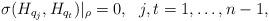
LaTeX: \begin{align*} \sigma(H_{q_j}, H_{q_t})|_\rho=0,\ \ j, t=1,\ldots,n-1,\end{align*}